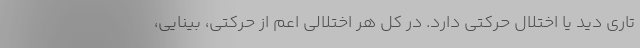
تاری دید یا اختلال حرکتی دارد. در کل هر اختلالی اعم از حرکتی، بینایی،